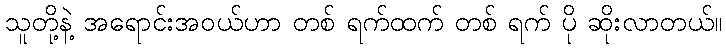
သူတို့နဲ့ အရောင်းအဝယ်ဟာ တစ် ရက်ထက် တစ် ရက် ပို ဆိုးလာတယ်။